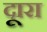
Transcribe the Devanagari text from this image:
दूारा